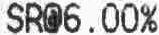
SR@6.00%